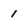
Character: 1